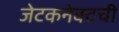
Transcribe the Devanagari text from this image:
जेटकनेक्टची